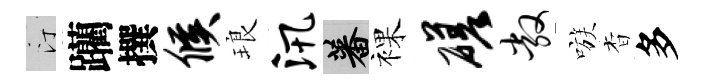
汀躪撰候琅汛蕃裸磋敞嗾杳多